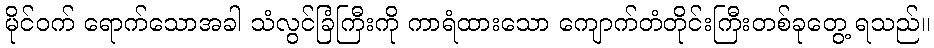
မိုင်ဝက် ရောက်သောအခါ သံလွင်ခြံကြီးကို ကာရံထားသော ကျောက်တံတိုင်းကြီးတစ်ခုတွေ့ ရသည်။